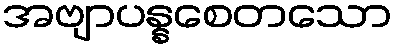
အဗျာပန္နစေတသော